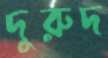
দুরুদ